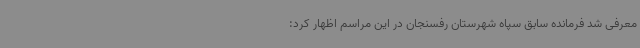
معرفی شد فرمانده سابق سپاه شهرستان رفسنجان در این مراسم اظهار کرد: